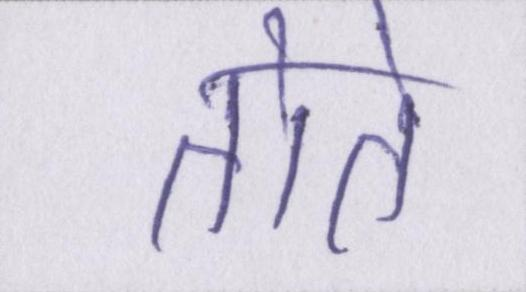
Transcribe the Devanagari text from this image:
तोते